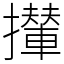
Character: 攆